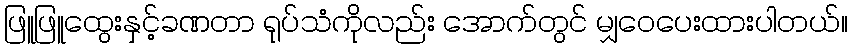
ဖြူဖြူထွေးနှင့်ခဏတာ ရုပ်သံကိုလည်း အောက်တွင် မျှဝေပေးထားပါတယ်။